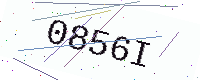
Text: 0856I